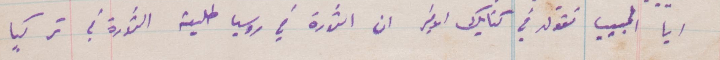
أيا الحبيب تقول في كتابك الأخير ان الثورة في روسيا حليفة الثورة في تركيا